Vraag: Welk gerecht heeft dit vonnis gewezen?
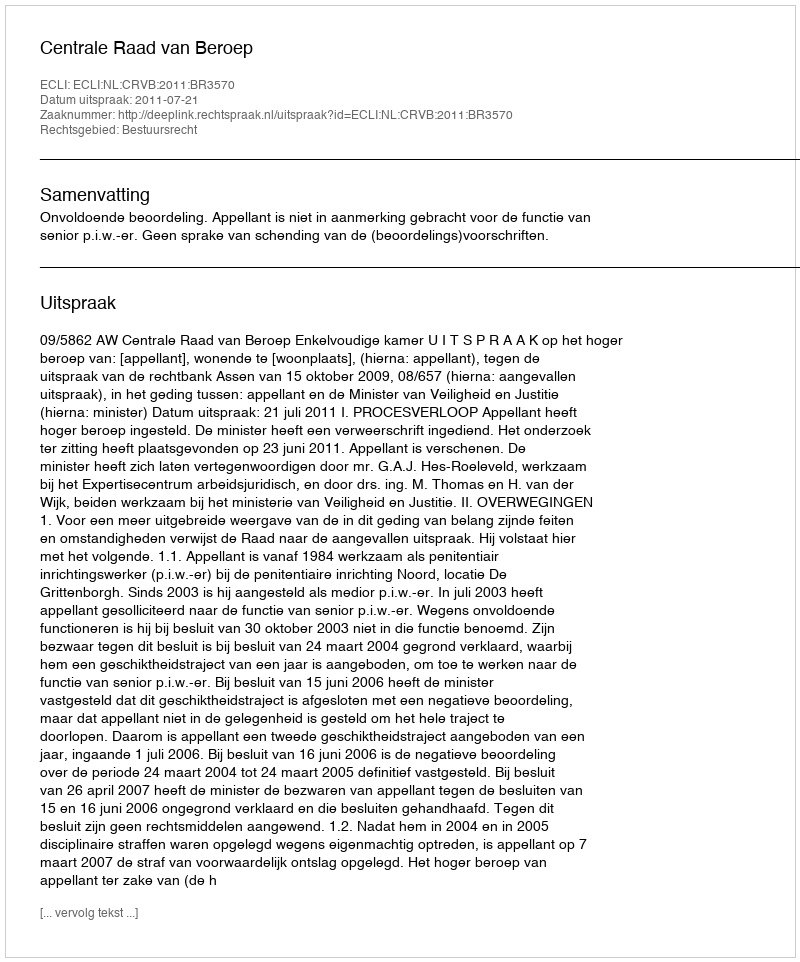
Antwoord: Centrale Raad van Beroep